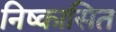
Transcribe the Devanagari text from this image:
निष्कासित